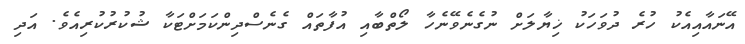
އޭނައާއިއެކު ހުރެ ދުވަހަކު ޚިޔާލަށް ނުގެނެވޭނެހާ ލޯތްބާއި އުފާތައް ގެނެސްދިންކަމަށްޓަކާ ޝުކުރުކުރިއެވެ. އަދި